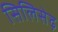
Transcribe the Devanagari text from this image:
सिलिसेढ़